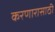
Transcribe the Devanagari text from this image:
करणारासाठी